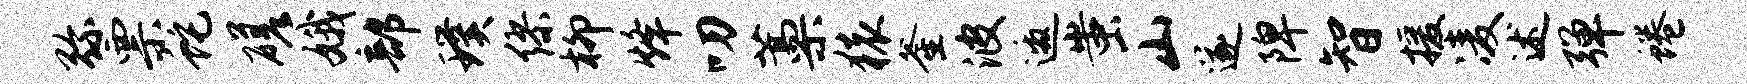
弥票蛇磋娥部璞缪柳烽叨藁猿釜波邀蚩山遂陴智援凌述弹蜷